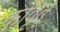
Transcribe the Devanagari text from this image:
कावृतू